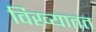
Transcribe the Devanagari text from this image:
विख्यातत